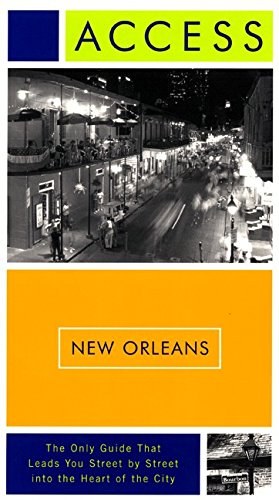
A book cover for Access New Orleans (5th Edition); Access Press; Travel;